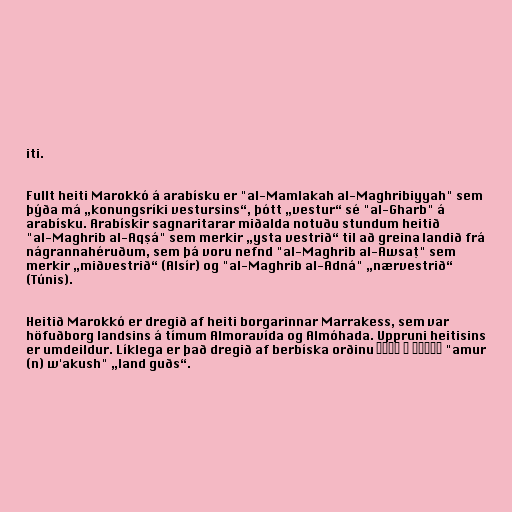
iti.

Fullt heiti Marokkó á arabísku er "al-Mamlakah al-Maghribiyyah" sem
þýða má „konungsríki vestursins“, þótt „vestur“ sé "al-Gharb" á
arabísku. Arabískir sagnaritarar miðalda notuðu stundum heitið
"al-Maghrib al-Aqṣá" sem merkir „ysta vestrið“ til að greina landið frá
nágrannahéruðum, sem þá voru nefnd "al-Maghrib al-Awsaṭ" sem
merkir „miðvestrið“ (Alsír) og "al-Maghrib al-Adná" „nærvestrið“
(Túnis).

Heitið Marokkó er dregið af heiti borgarinnar Marrakess, sem var
höfuðborg landsins á tímum Almoravída og Almóhada. Uppruni heitisins
er umdeildur. Líklega er það dregið af berbíska orðinu ⴰⵎⵓⵔ ⵏ ⵡⴰⴽⵓⵛ "amur
(n) w'akush" „land guðs“.